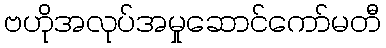
ဗဟိုအလုပ်အမှုဆောင်ကော်မတီ